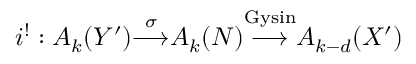
i ^ { ! } : A _ { k } ( Y ^ { \prime } ) { \overset { \sigma } { \longrightarrow } } A _ { k } ( N ) { \overset { \mathrm { G y s i n } } { \longrightarrow } } A _ { k - d } ( X ^ { \prime } )